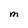
Character: M